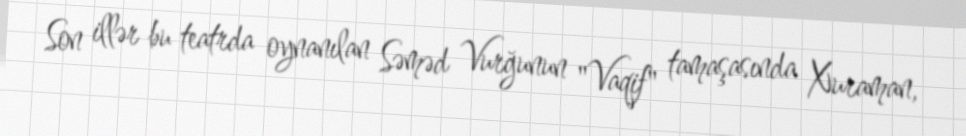
Son illər bu teatrda oynanılan Səməd Vurğunun "Vaqif" tamaşasında Xuraman,